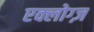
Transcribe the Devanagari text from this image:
एक्लोग्ज़